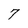
Character: 7